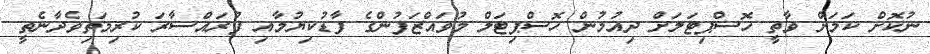
ނުކޮށް ކަމަށް ވާތީ ހޮސްޕިޓަލަށް ދިއުމުން ހޮސްޕިޓަލް މުވައްޒަފުންގެ ފާޑުކިޔުމާއި ފުރައްސާރަ ކުރިމަތިވެދާނެތީ